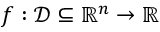
f : { \mathcal { D } } \subseteq \mathbb { R } ^ { n } \to \mathbb { R }